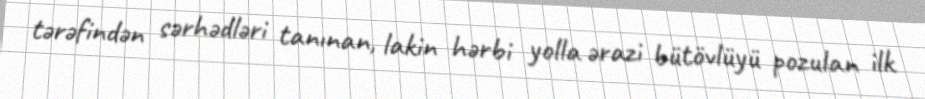
tərəfindən sərhədləri tanınan, lakin hərbi yolla ərazi bütövlüyü pozulan ilk